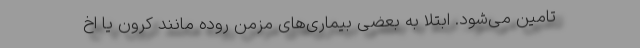
تامین می‌شود. ابتلا به بعضی بیماری‌های مزمن روده مانند کرون یا اخ